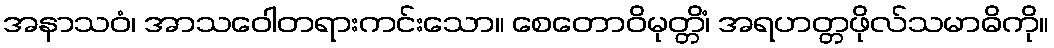
အနာသဝံ၊ အာသဝေါတရားကင်းသော။ စေတောဝိမုတ္တိံ၊ အရဟတ္တဖိုလ်သမာဓိကို။